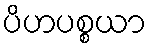
ပိဟပစ္စယာ